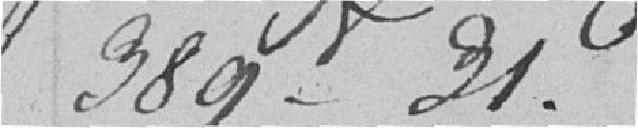
389 f 31.